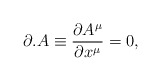
\begin{align*}\partial.A\equiv\frac{\partial A^{\mu}}{\partial x^{\mu}}=0,\end{align*}